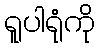
ရူပါရုံကို